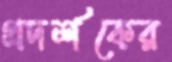
প্রদর্শকের